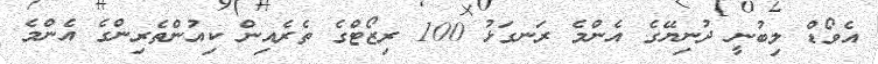
އެވޯޑް ލިބުނީ ދުނިޔޭގެ އެންމެ ރަނގަޅު 100 ރިޒޯޓްގެ ތެރެއިން ކިއުންތެރިންގެ އެންމެ